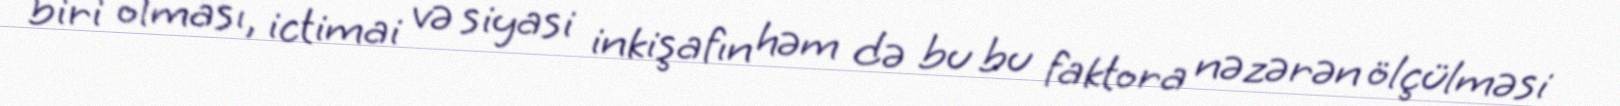
biri olması, ictimai və siyasi inkişafın həm də bu bu faktora nəzərən ölçülməsi